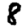
Digit: 8